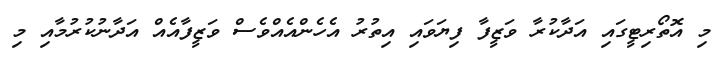
މި އޮތޯރިޓީގައި އަދާކުރާ ވަޒީފާ ފިޔަވައި އިތުރު އެހެންއެއްވެސް ވަޒީފާއެއް އަދާނުކުރުމާއި މި